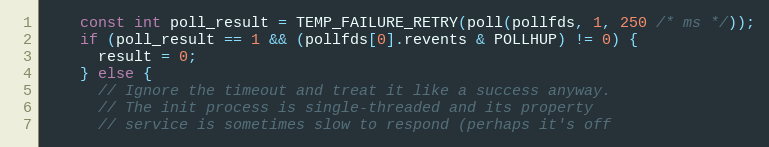
Language: C++
    const int poll_result = TEMP_FAILURE_RETRY(poll(pollfds, 1, 250 /* ms */));
    if (poll_result == 1 && (pollfds[0].revents & POLLHUP) != 0) {
      result = 0;
    } else {
      // Ignore the timeout and treat it like a success anyway.
      // The init process is single-threaded and its property
      // service is sometimes slow to respond (perhaps it's off